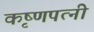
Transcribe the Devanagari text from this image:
कृष्णपत्‍नी